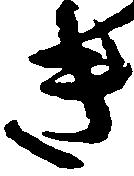
き